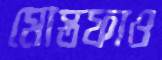
মোস্তফাও